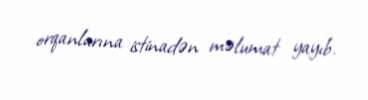
orqanlarına istinadən məlumat yayıb.